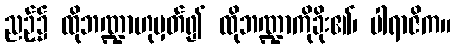
ညဉ့်၌ ထိုဘဏ္ဍာဟုမှတ်၍ ထိုဘဏ္ဍာကိုခိုး၏၊ ပါရာဇိက။